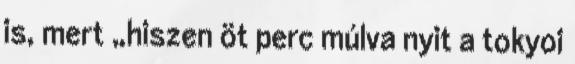
is, mert „hiszen öt perc múlva nyit a tokyoi